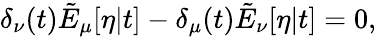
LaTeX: \delta_{\nu}(t)\tilde{E}_{\mu}[\eta|t]-\delta_{\mu}(t)\tilde{E}_{\nu}[\eta|t]=0,